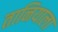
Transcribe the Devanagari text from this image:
तानियाला